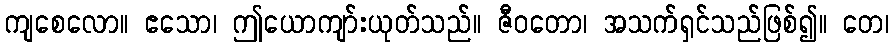
ကျစေလော။ ဧသော၊ ဤယောကျာ်းယုတ်သည်။ ဇီဝတော၊ အသက်ရှင်သည်ဖြစ်၍။ တေ၊